Indian journal of veterinary science and animal husbandry - Volumes 22-23, 1952-1953
Year: 1952
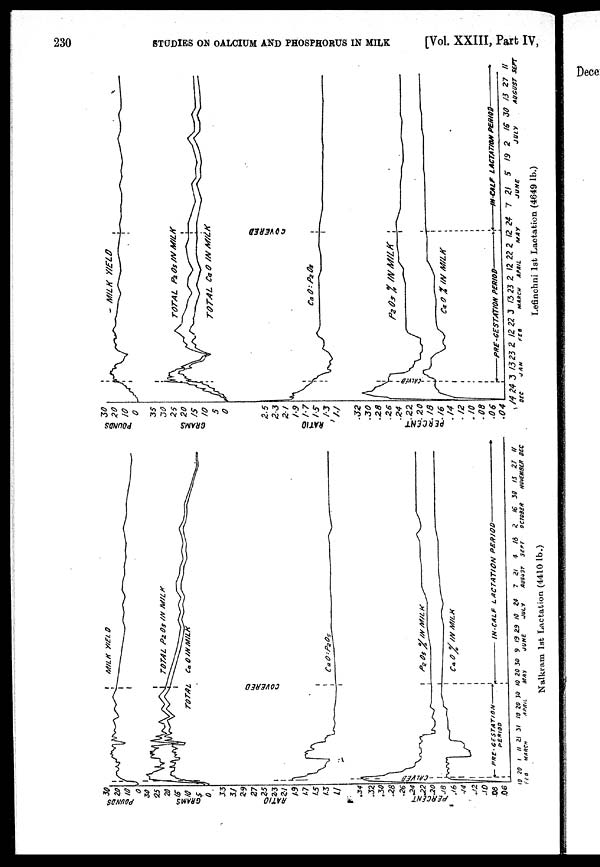
230 STUDIES ON CALCIUM AND PHOSPHORUS IN MILK [Vol. XXIII, Part IV,
Nalkram 1st Lactation (4410 lb.)
Lefinchni 1st Lactation (4649 lb.)